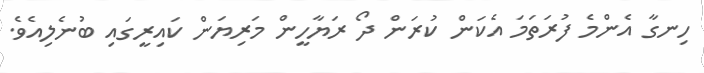
ހިނގާ އެންމެ ފުރަތަމަ އެކަން ކުރަން ދޯ ރަޔާހީން މަރިޔަން ކައިރީގައި ބުނެލިއެވެ.